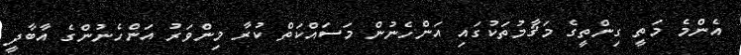
އެންމެ މަތީ ގިންތީގެ މަޤާމުތަކުގައި އަންހެނުން މަސައްކަތް ކުރާ މިންވަރު އަންހެނުންގެ އާބާދީ